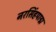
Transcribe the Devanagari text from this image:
नरसिंहपाद्म